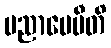
ပညာပေမီတိ